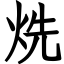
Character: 烍